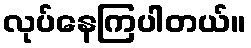
လုပ်နေကြပါတယ်။